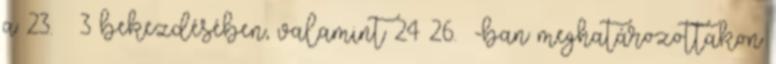
a 23. § 3 bekezdésében, valamint 24–26. §-ban meghatározottakon